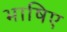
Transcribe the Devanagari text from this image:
भाषिए